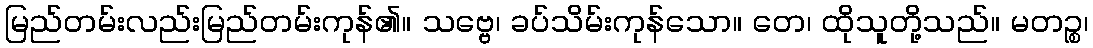
မြည်တမ်းလည်းမြည်တမ်းကုန်၏။ သဗ္ဗေ၊ ခပ်သိမ်းကုန်သော။ တေ၊ ထိုသူတို့သည်။ မတဉ္စ၊